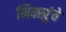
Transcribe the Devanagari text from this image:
भिक्खुंचे